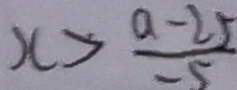
x > \frac { a - 2 5 } { - 5 }